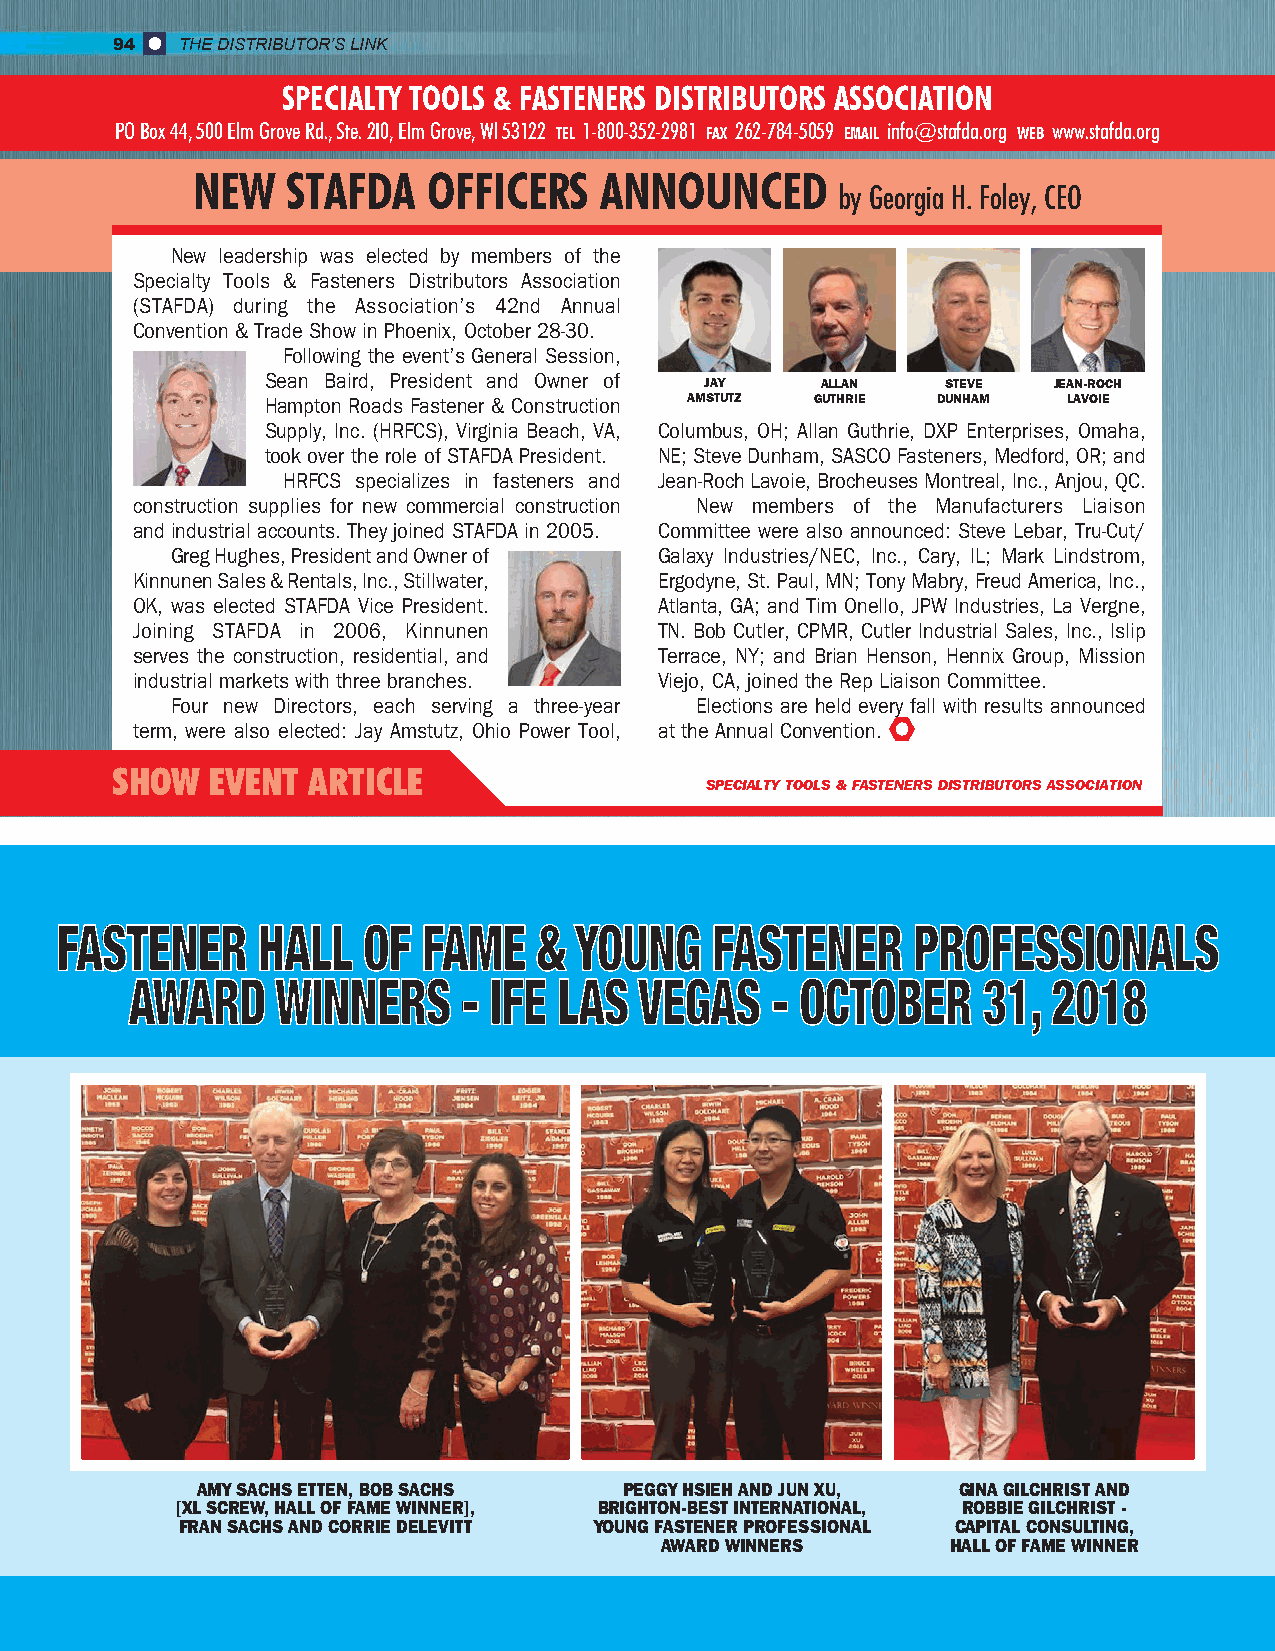
94   THE DISTRIBUTOR’S LINK
 SPECIALTY TOOLS & FASTENERS DISTRIBUTORS ASSOCIATION
 PO Box 44, 500 Elm Grove Rd., Ste. 2I0, Elm Grove, Wl 53122 TEL 1-800-352-2981 FAX 262-784-5059 EMAIL info@stafda.org WEB www.stafda.org
 NEW   STAFDA   OFFICERS    ANNOUNCED
 by Georgia H. Foley, CEO
 New leadership was elected by members of the
 Specialty Tools & Fasteners Distributors Association
 (STAFDA) during the Association’s 42nd Annual
 Convention & Trade Show in Phoenix, October 28-30.
 Following the event’s General Session,
 Sean Baird, President and Owner of JAY ALLAN STEVE  JEAN-ROCH
 Hampton Roads Fastener & Construction AMSTUTZ GUTHRIE DUNHAM LAVOIE
 Supply, Inc. (HRFCS), Virginia Beach, VA, Columbus, OH; Allan Guthrie, DXP Enterprises, Omaha,
 took over the role of STAFDA President. NE; Steve Dunham, SASCO Fasteners, Medford, OR; and
 HRFCS specializes in fasteners and Jean-Roch Lavoie, Brocheuses Montreal, Inc., Anjou, QC.
 construction supplies for new commercial construction New members of the Manufacturers Liaison
 and industrial accounts. They joined STAFDA in 2005. Committee were also announced: Steve Lebar, Tru-Cut/
 Greg Hughes, President and Owner of Galaxy Industries/NEC, Inc., Cary, IL; Mark Lindstrom,
 Kinnunen Sales & Rentals, Inc., Stillwater, Ergodyne, St. Paul, MN; Tony Mabry, Freud America, Inc.,
 OK, was elected STAFDA Vice President. Atlanta, GA; and Tim Onello, JPW Industries, La Vergne,
 Joining STAFDA in 2006, Kinnunen   TN. Bob Cutler, CPMR, Cutler Industrial Sales, Inc., Islip
 serves the construction, residential, and Terrace, NY; and Brian Henson, Hennix Group, Mission
 industrial markets with three branches. Viejo, CA, joined the Rep Liaison Committee.
 Four new Directors, each serving a three-year Elections are held every fall with results announced
 term, were also elected: Jay Amstutz, Ohio Power Tool, at the Annual Convention.
 SHOW   EVENT ARTICLE
 SPECIALTY TOOLS & FASTENERS DISTRIBUTORS ASSOCIATION
 FASTENER     HALL   OF  FAME    & YOUNG    FASTENER     PROFESSIONALS
 AWARD    WINNERS      - IFE LAS  VEGAS    - OCTOBER     31,  2018
 AMY SACHS ETTEN, BOB SACHS  PEGGY HSIEH AND JUN XU, GINA GILCHRIST AND
 [XL SCREW, HALL OF FAME WINNER], BRIGHTON-BEST INTERNATIONAL, ROBBIE GILCHRIST -
 FRAN SACHS AND CORRIE DELEVITT YOUNG FASTENER PROFESSIONAL CAPITAL CONSULTING,
 AWARD WINNERS      HALL OF FAME WINNER